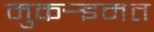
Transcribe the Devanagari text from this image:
मुकर्‍इमत